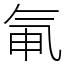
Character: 氠